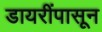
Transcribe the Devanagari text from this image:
डायरींपासून